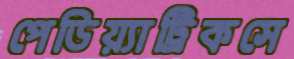
পেডিয়্যাট্রিকসে